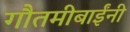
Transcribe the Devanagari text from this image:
गौतमीबाईंनी